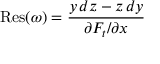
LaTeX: \operatorname { R e s } ( \omega ) = { \frac { y \, d z - z \, d y } { \partial F _ { t } / \partial x } }